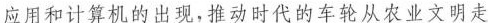
应用和计算机的出现，推动时代的车从农业文明走